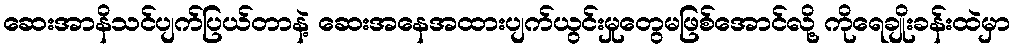
ဆေးအာနိသင်ပျက်ပြယ်တာနဲ့ ဆေးအနေအထားပျက်ယွင်းမှုတွေမဖြစ်အောင်လို့ ကိုရေချိုးခန်းထဲမှာ